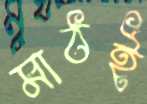
মাঠই